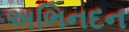
અભિનદન